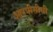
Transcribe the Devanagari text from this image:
आरपीसीसी